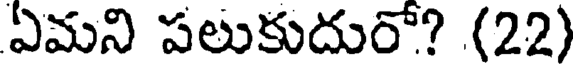
ఏమని పలుకుదురో? (22)